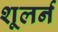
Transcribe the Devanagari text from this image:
शूलर्न